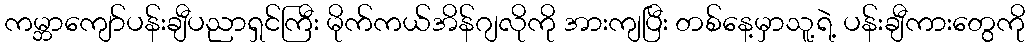
ကမ္ဘာကျော်ပန်းချီပညာရှင်ကြီး မိုက်ကယ်အိန်ဂျလိုကို အားကျပြီး တစ်နေ့မှာသူ့ရဲ့ ပန်းချီကားတွေကို